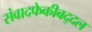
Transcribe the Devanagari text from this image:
संवादफेकीबद्दल